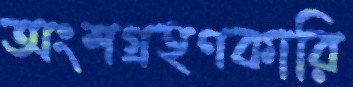
অংশগ্রহণকারি